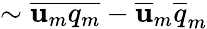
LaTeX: \sim\overline{{\mathbf{u}_{m}q_{m}}}-\overline{{\mathbf{u}}}_{m}\overline{{q}}_{m}